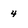
Character: 4